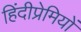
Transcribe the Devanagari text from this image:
हिंदीप्रेमियों